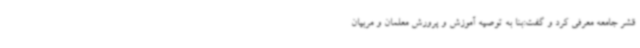
قشر جامعه معرفی کرد و گفت:بنا به توصیه آموزش و پرورش معلمان و مربیان